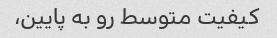
کیفیت متوسط رو به پایین،